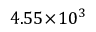
4 . 5 5 \! \times \! 1 0 ^ { 3 }